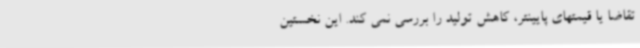
تقاضا یا قیمتهای پایینتر، کاهش تولید را بررسی نمی کند. این نخستین